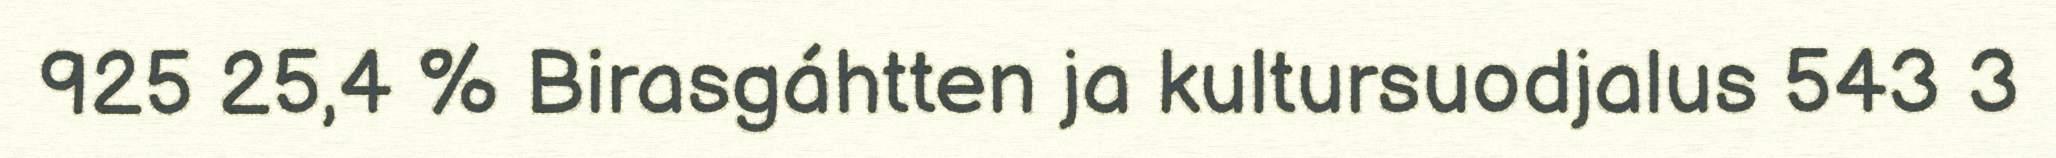
925 25,4 % Birasgáhtten ja kultursuodjalus 543 3